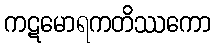
ကဋမောရကတိဿကော